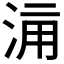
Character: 𣵋